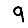
Digit: 9